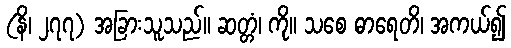
(နိ၊ ၂၇၇) အခြားသူသည်။ ဆတ္တံ၊ ကို။ သစေ ဓာရေတိ၊ အကယ်၍